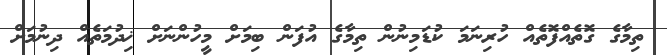
ތިމާގެ ގޮތެއްފޮތެއް ހުރިނަމަ ކުޑަމިނުން ތިމާގެ އުފަން ބިމަށް މީހުންނަށް ޚިދުމަތެއް ދިނުމަށް